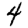
Digit: 4